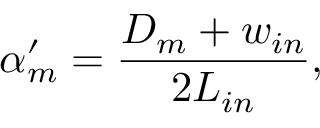
\alpha _ { m } ^ { \prime } = \frac { D _ { m } + w _ { i n } } { 2 L _ { i n } } ,